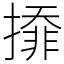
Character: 㩑